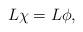
LaTeX: \begin{align*}L\chi=L\phi,\end{align*}